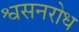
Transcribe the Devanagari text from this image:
श्वसनरोध